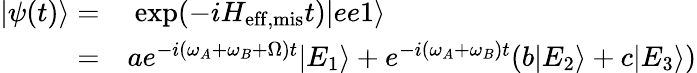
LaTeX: \begin{array}{rl}{|\psi(t)\rangle=}&{{}~\mathrm{exp}(-iH_{\mathrm{eff,mis}}t)|ee1\rangle}\\ {=}&{{}ae^{-i(\omega_{A}+\omega_{B}+\Omega)t}|E_{1}\rangle+e^{-i(\omega_{A}+\omega_{B})t}(b|E_{2}\rangle+c|E_{3}\rangle)}\end{array}